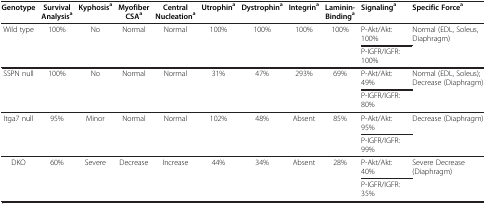
<table><thead><tr><td><b>Genotype</b></td><td><b>Survival Analysis<sup>a</sup></b></td><td><b>Kyphosis<sup>a</sup></b></td><td><b>Myofiber CSA<sup>a</sup></b></td><td><b>Central Nucleation<sup>a</sup></b></td><td><b>Utrophin<sup>a</sup></b></td><td><b>Dystrophin<sup>a</sup></b></td><td><b>Integrin<sup>a</sup></b></td><td><b>Laminin-Binding<sup>a</sup></b></td><td><b>Signaling<sup>a</sup></b></td><td><b>Specific Force<sup>a</sup></b></td></tr></thead><tbody><tr><td rowspan="2">Wild type</td><td rowspan="2">100%</td><td rowspan="2">No</td><td rowspan="2">Normal</td><td rowspan="2">Normal</td><td rowspan="2">100%</td><td rowspan="2">100%</td><td rowspan="2">100%</td><td rowspan="2">100%</td><td>P-Akt/Akt: 100%</td><td rowspan="2">Normal (EDL, Soleus, Diaphragm)</td></tr><tr><td>P-IGFR/IGFR: 100%</td></tr><tr><td rowspan="2">SSPN null</td><td rowspan="2">100%</td><td rowspan="2">No</td><td rowspan="2">Normal</td><td rowspan="2">Normal</td><td rowspan="2">31%</td><td rowspan="2">47%</td><td rowspan="2">293%</td><td rowspan="2">69%</td><td>P-Akt/Akt: 49%</td><td rowspan="2">Normal (EDL, Soleus); Decrease (Diaphragm)</td></tr><tr><td>P-IGFR/IGFR: 80%</td></tr><tr><td rowspan="2">Itga7 null</td><td rowspan="2">95%</td><td rowspan="2">Minor</td><td rowspan="2">Normal</td><td rowspan="2">Normal</td><td rowspan="2">102%</td><td rowspan="2">48%</td><td rowspan="2">Absent</td><td rowspan="2">85%</td><td>P-Akt/Akt: 95%</td><td rowspan="2">Decrease (Diaphragm)</td></tr><tr><td>P-IGFR/IGFR: 99%</td></tr><tr><td rowspan="2">DKO</td><td rowspan="2">60%</td><td rowspan="2">Severe</td><td rowspan="2">Decrease</td><td rowspan="2">Increase</td><td rowspan="2">44%</td><td rowspan="2">34%</td><td rowspan="2">Absent</td><td rowspan="2">28%</td><td>P-Akt/Akt: 40%</td><td rowspan="2">Severe Decrease (Diaphragm)</td></tr><tr><td>P-IGFR/IGFR: 35%</td></tr></tbody></table>